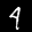
Label: 4